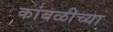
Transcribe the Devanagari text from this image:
कांबळीच्या